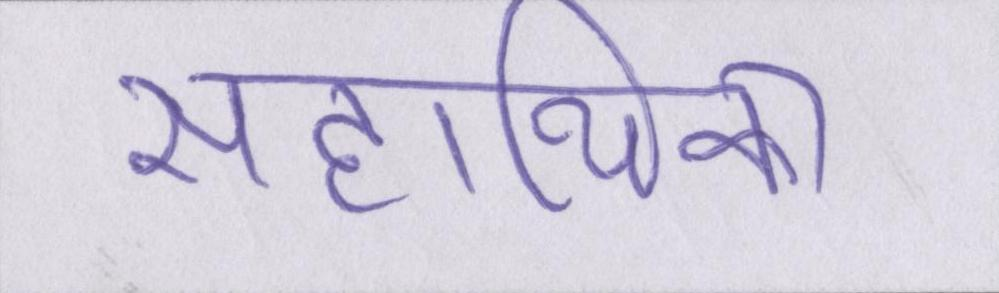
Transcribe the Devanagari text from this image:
सहायिका